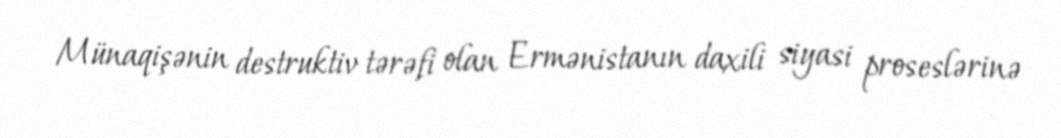
Münaqişənin destruktiv tərəfi olan Ermənistanın daxili siyasi proseslərinə